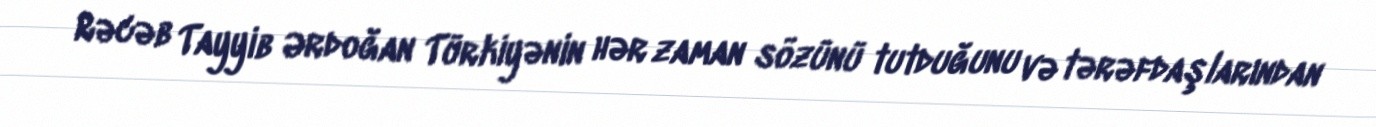
Rəcəb Tayyib Ərdoğan Türkiyənin hər zaman sözünü tutduğunu və tərəfdaşlarından